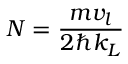
N = \frac { m v _ { l } } { 2 \hbar k _ { L } }